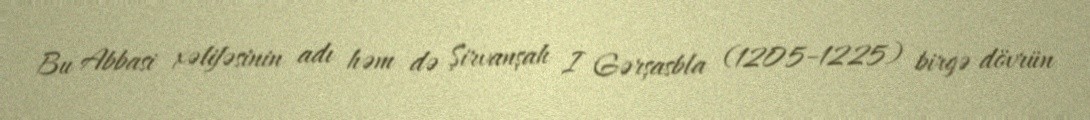
Bu Abbasi xəlifəsinin adı həm də Şirvanşah I Gərşasbla (1205–1225) birgə dövrün